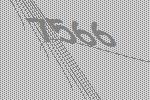
7566